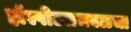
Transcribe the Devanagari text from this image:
हॉस्पीटलजवळचा